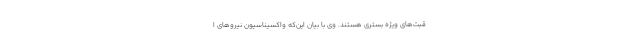
قبت‌های ویژه بستری هستند. وی با بیان این‌که واکسیناسیون نیروهای ا